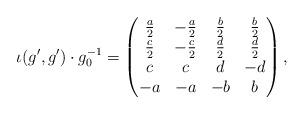
LaTeX: \begin{align*} \iota(g',g') \cdot g_0^{-1} = \begin{pmatrix} \frac{a}{2} & -\frac{a}{2} & \frac{b}{2} & \frac{b}{2} \\ \frac{c}{2} & -\frac{c}{2} & \frac{d}{2} & \frac{d}{2} \\ c & c & d & -d \\ -a & -a & -b & b \end{pmatrix},\end{align*}